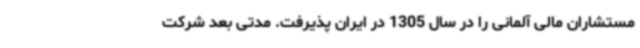
مستشاران مالی آلمانی را در سال 1305 در ایران پذیرفت. مدتی بعد شرکت